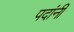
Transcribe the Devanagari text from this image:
पदांनी